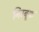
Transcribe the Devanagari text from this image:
निम्बूक